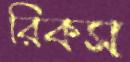
রিকস